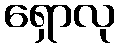
ရှောလု